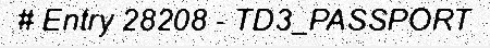
# Entry 28208 - TD3_PASSPORT